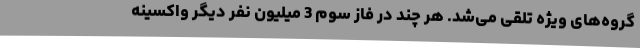
گروه‌های ویژه تلقی می‌شد. هر چند در فاز سوم 3 میلیون نفر دیگر واکسینه